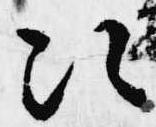
次